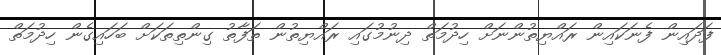
ފަދައިން ފެނަކައިން ރައްޔިތުންނަށް ހިދުމަތް ދިނުމުގައި ރައްޔިތުން ތަފާތު ގިންތިތަކަށް ބަހައިގެން ހިދުމަތް